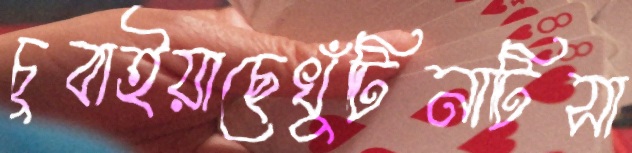
চুবাইয়াছেখুঁটিনাটিসা